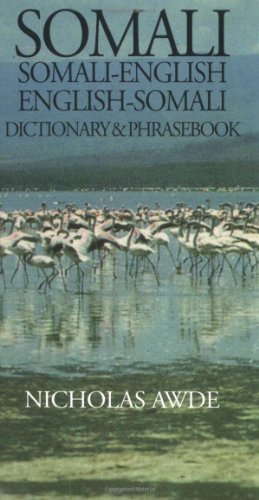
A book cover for Somali-English, English-Somali Dictionary and Phrasebook (Hippocrene Dictionary & Phrasebook); C. Quadir; Travel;